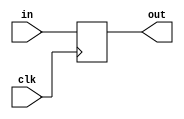
module df (input wire clk, in, output wire out);
  reg df_out;
  always@(posedge clk) df_out <= in;
  assign out = df_out;
endmodule